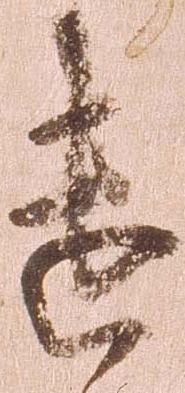
遣